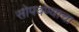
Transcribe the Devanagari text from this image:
सोपवण्याचा